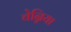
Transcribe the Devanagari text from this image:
चेन्निया